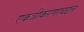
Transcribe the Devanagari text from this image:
एकत्रीकरणाबद्दल